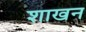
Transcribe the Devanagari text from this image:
शाखन